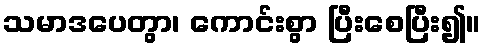
သမာဒပေတွာ၊ ကောင်းစွာ ပြီးစေပြီး၍။